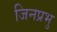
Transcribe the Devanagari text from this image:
जिनप्रभु